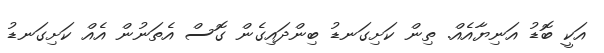
އަކީ ބޮޑު އަނިޔާއެއް. ތިން ކަށިގަނޑު ބިންދައިގެން ގޮސް އެތަނުން އެއް ކަށިގަނޑު